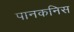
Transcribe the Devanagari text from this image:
पानकनिस